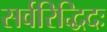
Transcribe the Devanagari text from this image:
सर्वरिद्धिदः